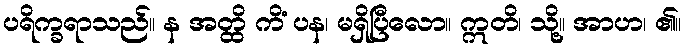
ပရိက္ခရာသည်။ န အတ္ထိ ကိံ ပန၊ မရှိပြီလော။ ဣတိ၊ သို့။ အာဟ၊ ၏။